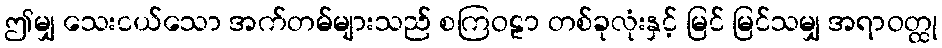
ဤမျှ သေးငယ်သော အက်တမ်များသည် စကြဝဠာ တစ်ခုလုံးနှင့် မြင် မြင်သမျှ အရာဝတ္ထု